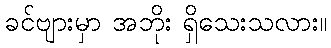
ခင်ဗျားမှာ အဘိုး ရှိသေးသလား။